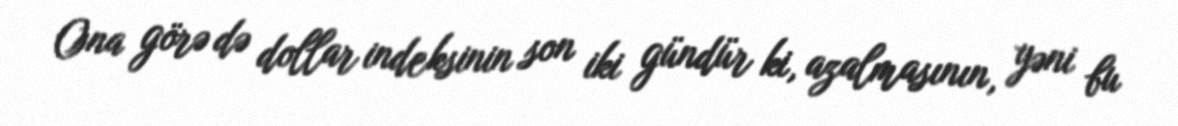
Ona görə də dollar indeksinin son iki gündür ki, azalmasının, yəni bu